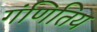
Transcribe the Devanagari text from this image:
गंणितिय